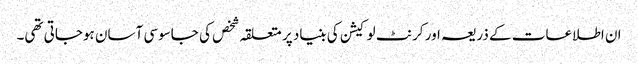
ان اطلاعات کے ذریعہ اور کرنٹ لوکیشن کی بنیاد پر متعلقہ شخص کی جاسوسی آسان ہوجاتی تھی۔